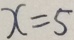
x = 5